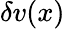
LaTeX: \delta v(x)